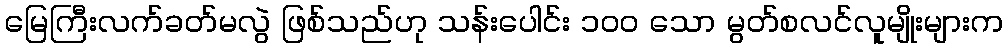
မြေကြီးလက်ခတ်မလွဲ ဖြစ်သည်ဟု သန်းပေါင်း ၁၀၀ သော မွတ်စလင်လူမျိုးများက